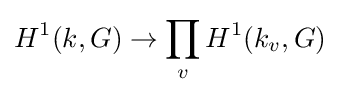
H^{1}(k,G)\to \prod _{v}H^{1}(k_{v},G)